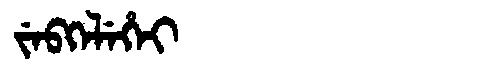
Manchu: ᠵᡝᠪᡴᡝᠯᡝᡥᡝᡳ
Romanization: JEBKELEHEI